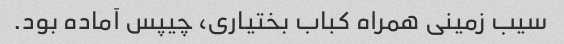
سیب زمینی همراه کباب بختیاری، چیپس آماده بود.